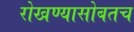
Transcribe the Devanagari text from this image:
रोखण्यासोबतच